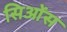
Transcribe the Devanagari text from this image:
सिओंस